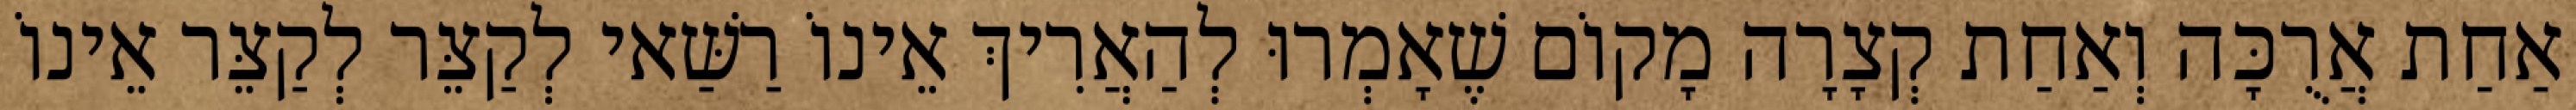
אַחַת אֲרֻכָּה וְאַחַת קְצָרָה מָקוֹם שֶׁאָמְרוּ לְהַאֲרִיךְ אֵינוֹ רַשַּׁאי לְקַצֵּר לְקַצֵּר אֵינוֹ